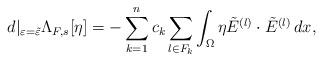
LaTeX: \begin{align*}d\rvert_{\varepsilon=\tilde{\varepsilon}} \Lambda_{F,s} [\eta] = -\sum_{k=1}^nc_k \sum_{l \in F_k} \int_\Omega \eta \tilde{E}^{(l)} \cdot \tilde{E}^{(l)} \, dx,\end{align*}